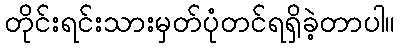
တိုင်းရင်းသားမှတ်ပုံတင်ရရှိခဲ့တာပါ။